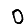
Digit: 0